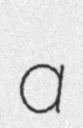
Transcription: a